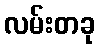
လမ်းတခု